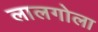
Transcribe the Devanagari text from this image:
लालगोला